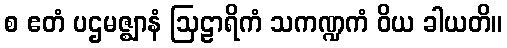
စ ဧတံ ပဌမဇ္ဈာနံ ဩဠာရိကံ သကဏ္ဍကံ ဝိယ ခါယတိ။